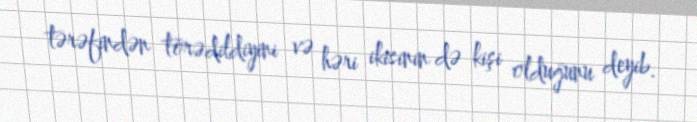
tərəfindən törədildiyini və həri ikisinin də kişi olduğunu deyib.